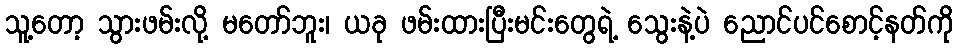
သူ့တော့ သွားဖမ်းလို့ မတော်ဘူး၊ ယခု ဖမ်းထားပြီးမင်းတွေရဲ့ သွေးနဲ့ပဲ ညောင်ပင်စောင့်နတ်ကို